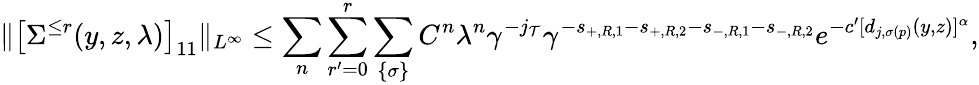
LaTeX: \Vert\big[\Sigma^{\le r}(y,z,\lambda)\big]_{11}\Vert_{L^{\infty}}\le\sum_{n}\sum_{r^{\prime}=0}^{r}\sum_{\{ \sigma\} }C^{n}\lambda^{n}\gamma^{-j_{{\cal T}}}\gamma^{-s_{+,R,1}-s_{+,R,2}-s_{-,R,1}-s_{-,R,2}}e^{-c^{\prime}[d_{j,\sigma(p)}(y,z)]^{\alpha}},